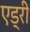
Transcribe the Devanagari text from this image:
एड्री